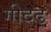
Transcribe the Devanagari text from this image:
गीदढ़